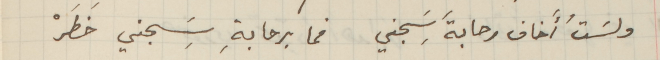
ولسَتُ أَخاف رحابةَ سَِجني فما برحابةِ سَِجني خَطَرْ